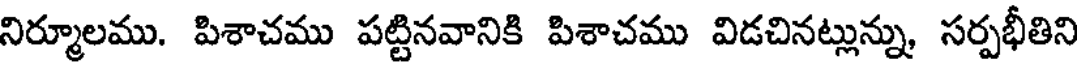
నిర్మూలము. పిశాచము పట్టినవానికి పిశాచము విడచినట్లున్ను, సర్పభీతిని